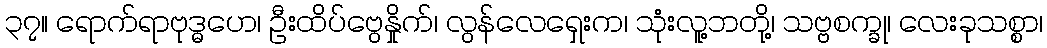
၃၇။ ရောက်ရာဗုဒ္ဓဟေ၊ ဦးထိပ်ဗွေနှိုက်၊ လွန်လေရှေးက၊ သုံးလူ့ဘတို့၊ သဗ္ဗစက္ခု၊ လေးခုသစ္စာ၊